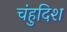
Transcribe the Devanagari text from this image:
चंहुदिश